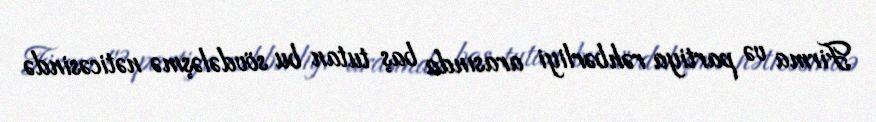
Firma və partiya rəhbərliyi arasında baş tutan bu sövdələşmə nəticəsində